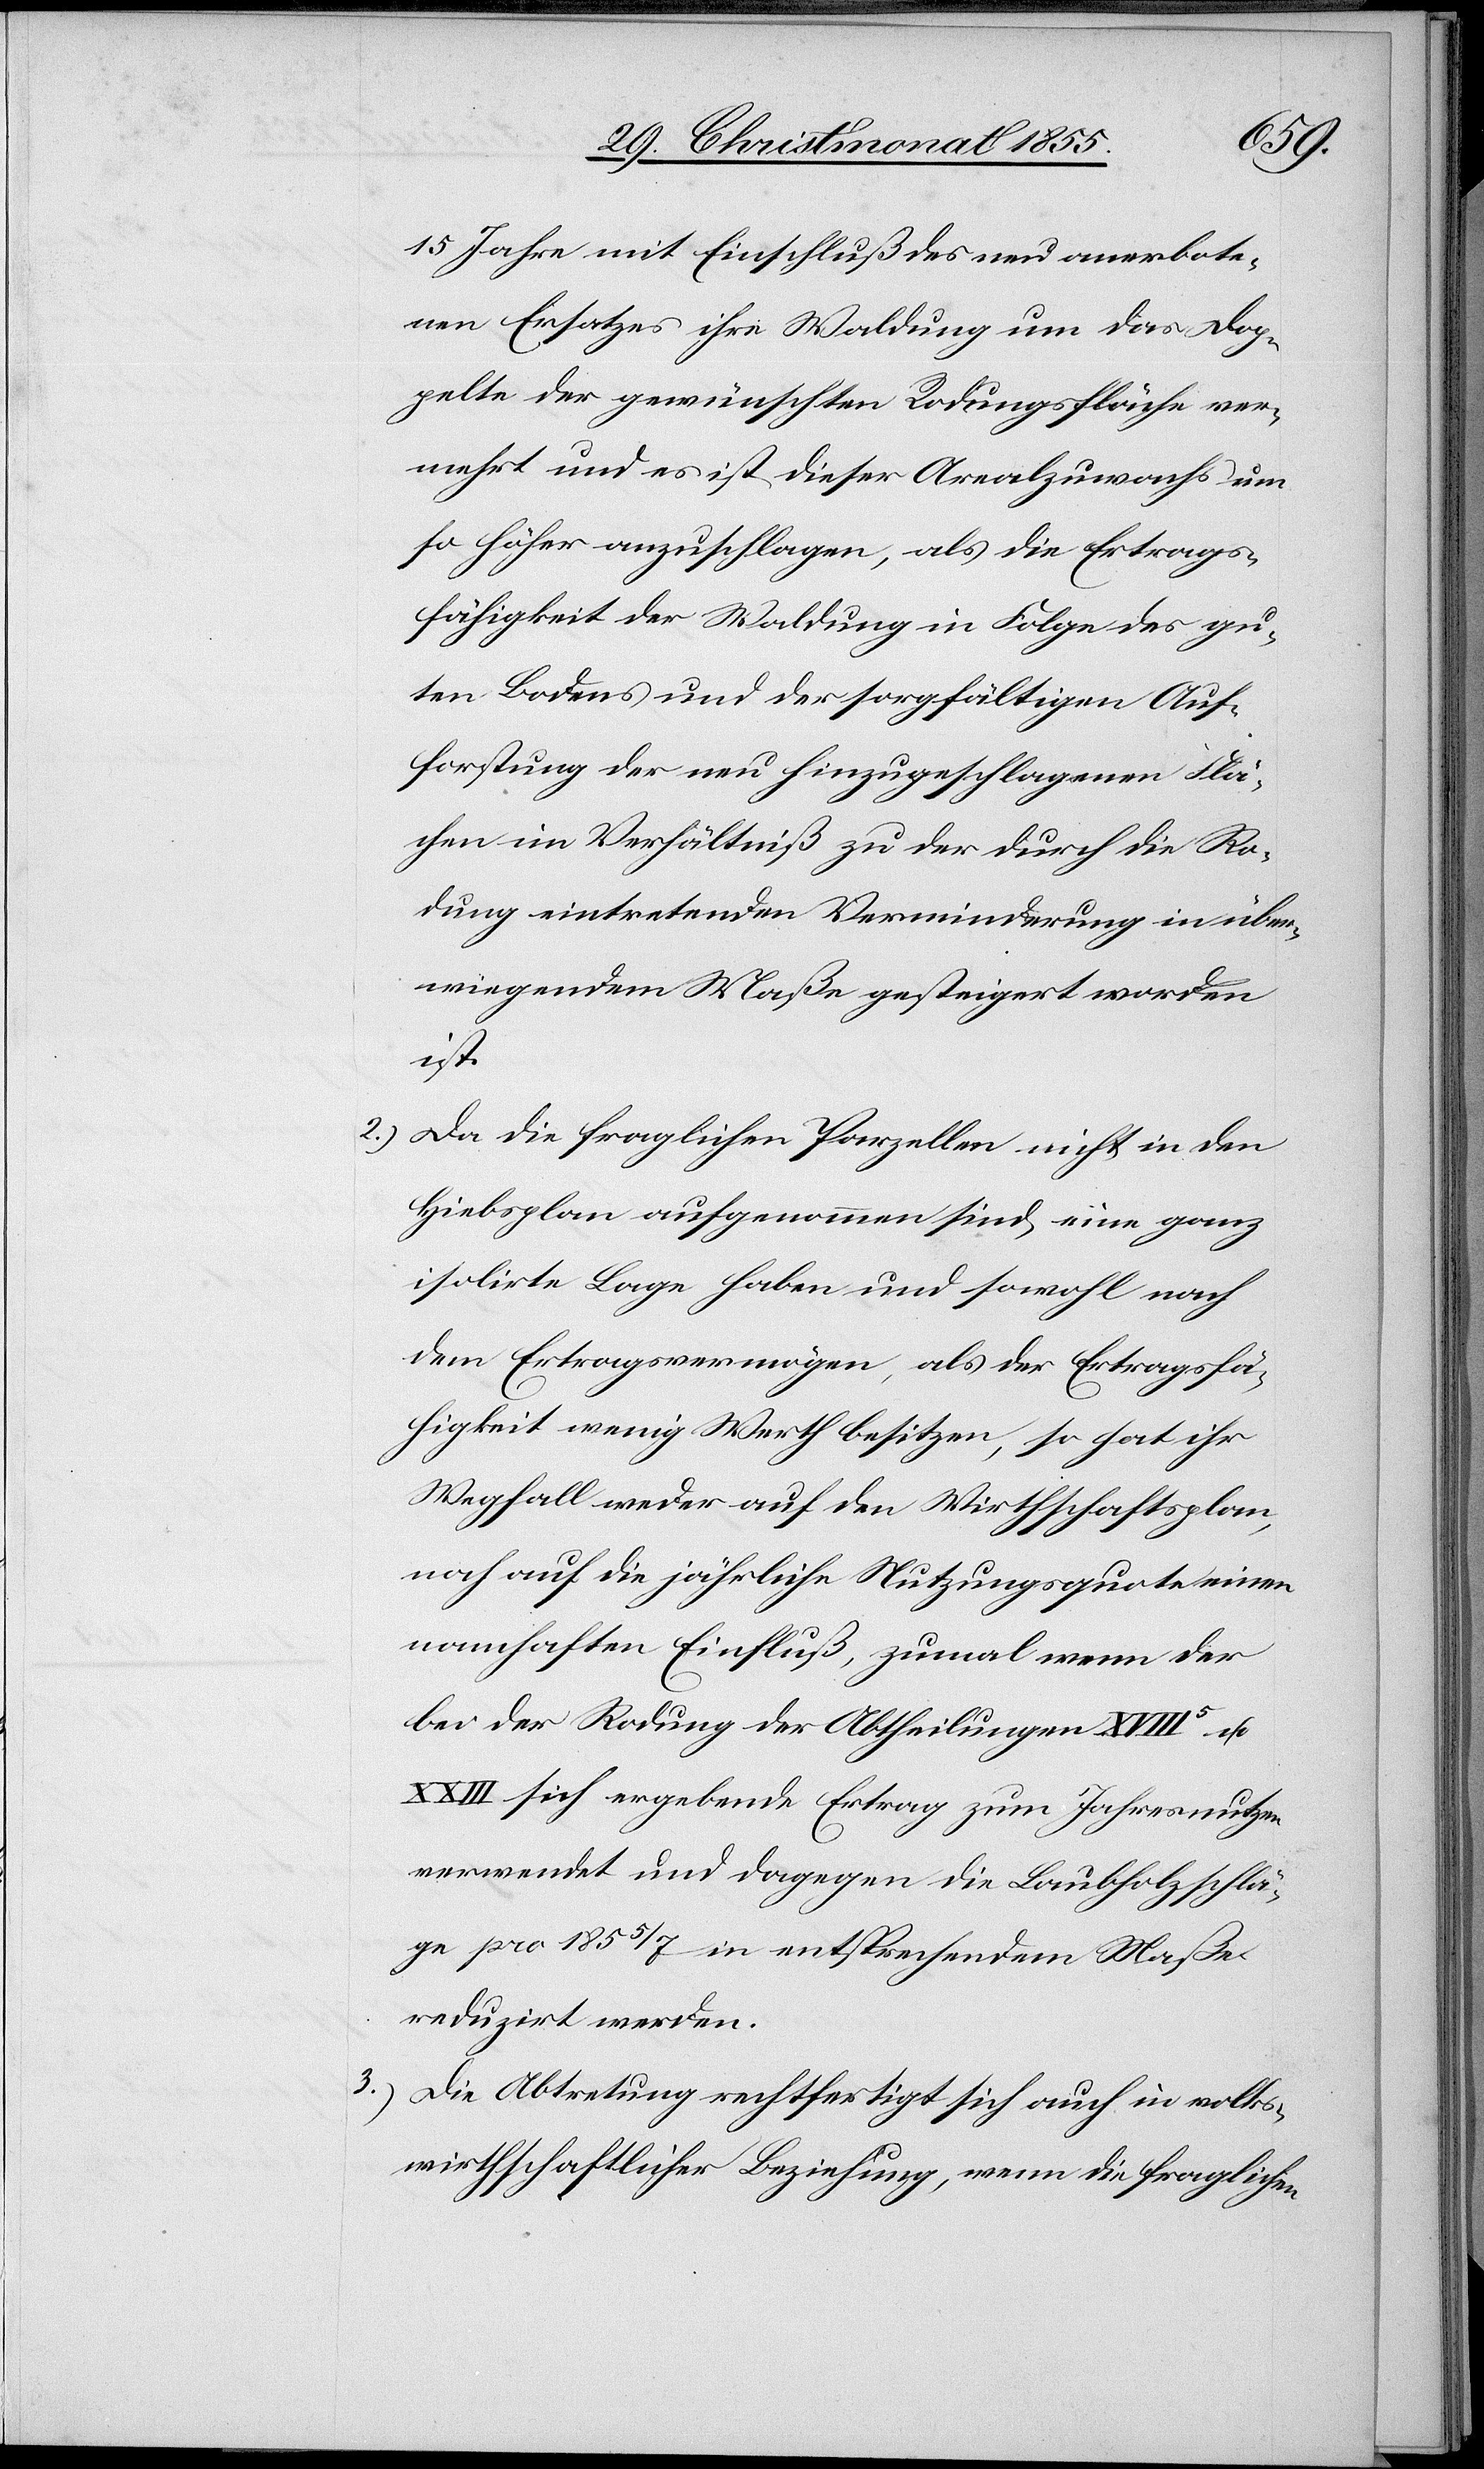
15 Jahre mit Einschluß des neu anerbote¬
nen Ersatzes ihre Waldung um das Dop¬
pelte der gewünschten Rodungsfläche ver¬
mehrt und es ist dieser Arealzuwachs um
so höher anzuschlagen, als die Ertrags¬
fähigkeit der Waldung in Folge des gu¬
ten Bodens und der sorgfältigen Auf¬
forstung der neu hinzugeschlagenen Flä¬
chen im Verhältniß zu der durch die Ro¬
dung eintretenden Verminderung in über¬
wiegendem Maße gesteigert worden
ist.
Da die fraglichen Parzellen nicht in den
Hiebsplan aufgenommen sind, eine ganz
isolirte Lage haben und sowohl nach
dem Ertragsvermögen, als der Ertragsfä¬
higkeit wenig Werth besitzen, so hat ihr
Wegfall weder auf den Wirthschaftsplan,
noch auf die jährliche Nutzungsquote einen
namhaften Einfluß, zumal wenn der
bei der Rodung der Abtheilungen XVIII5 u.
XXIII sich ergebende Ertrag zum Jahresnutzen
verwendet und dagegen die Laubholzschlä¬
ge pro 1855/7 in entsprechendem Maße
reduzirt werden.
Die Abtretung rechtfertigt sich auch in volks¬
wirthschaftlicher Beziehung, wenn die fraglichen